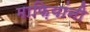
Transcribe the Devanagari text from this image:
माफ़ियांनी